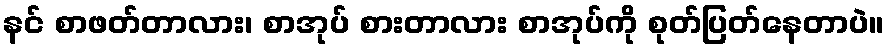
နင် စာဖတ်တာလား၊ စာအုပ် စားတာလား စာအုပ်ကို စုတ်ပြတ်နေတာပဲ။